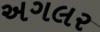
અગલર